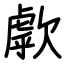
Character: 歑